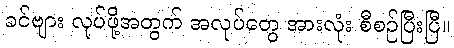
ခင်ဗျား လုပ်ဖို့အတွက် အလုပ်တွေ အားလုံး စီစဉ်ပြီးပြီ။